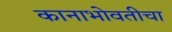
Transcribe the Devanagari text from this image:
कानाभोवतीचा